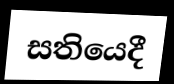
සතියෙදී